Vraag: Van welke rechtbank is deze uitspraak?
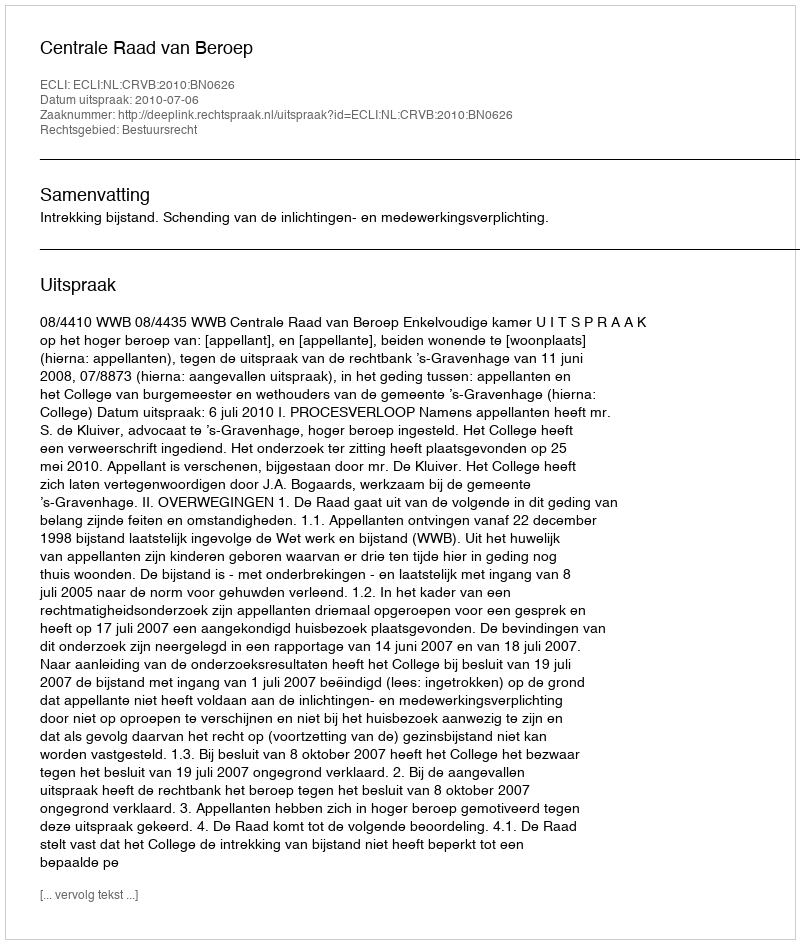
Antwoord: Centrale Raad van Beroep